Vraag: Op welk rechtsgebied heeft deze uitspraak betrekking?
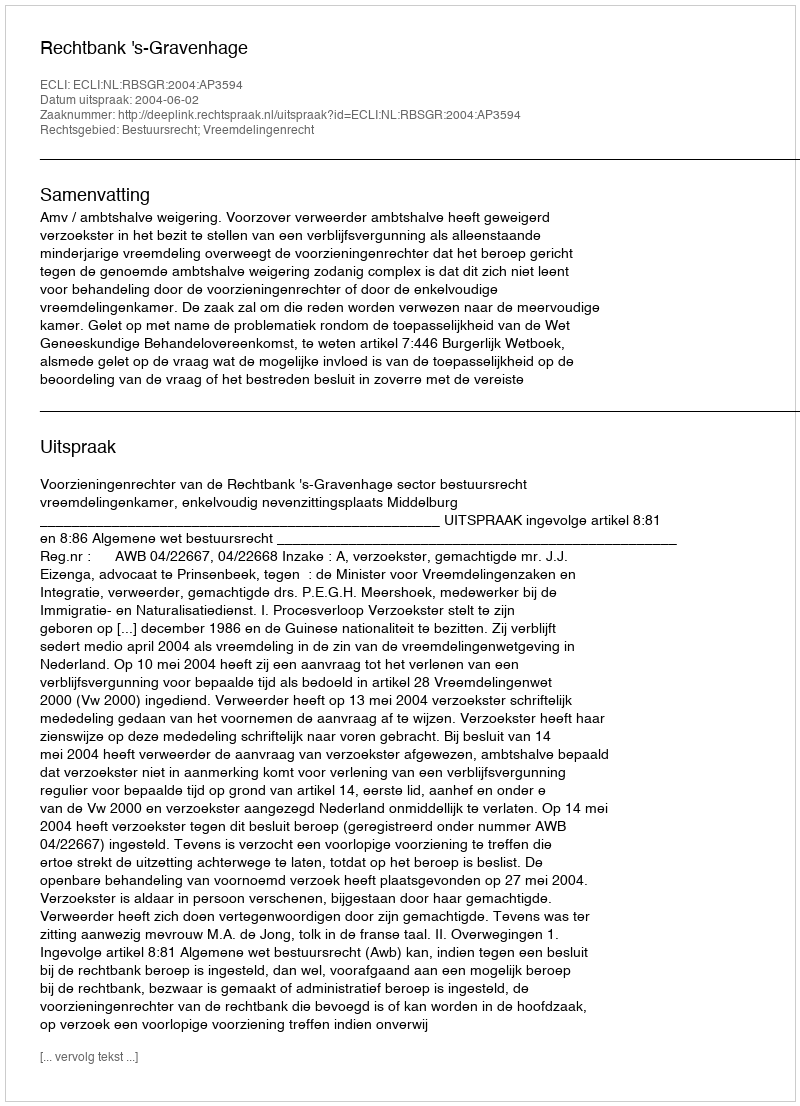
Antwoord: Bestuursrecht; Vreemdelingenrecht